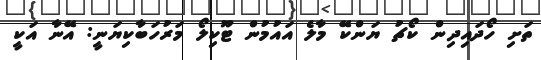
ތަށި ހޯދައިދިން ކޯޗު ޔަންކޭ މާލެ އައުމުން ޓޫކިލޯ މަރުހަބާކިޔަނީ: އޭނާ އަކީ